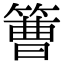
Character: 𥲍